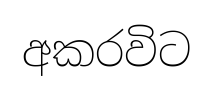
අකරවිට